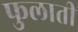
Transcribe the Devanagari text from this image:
फुलाती